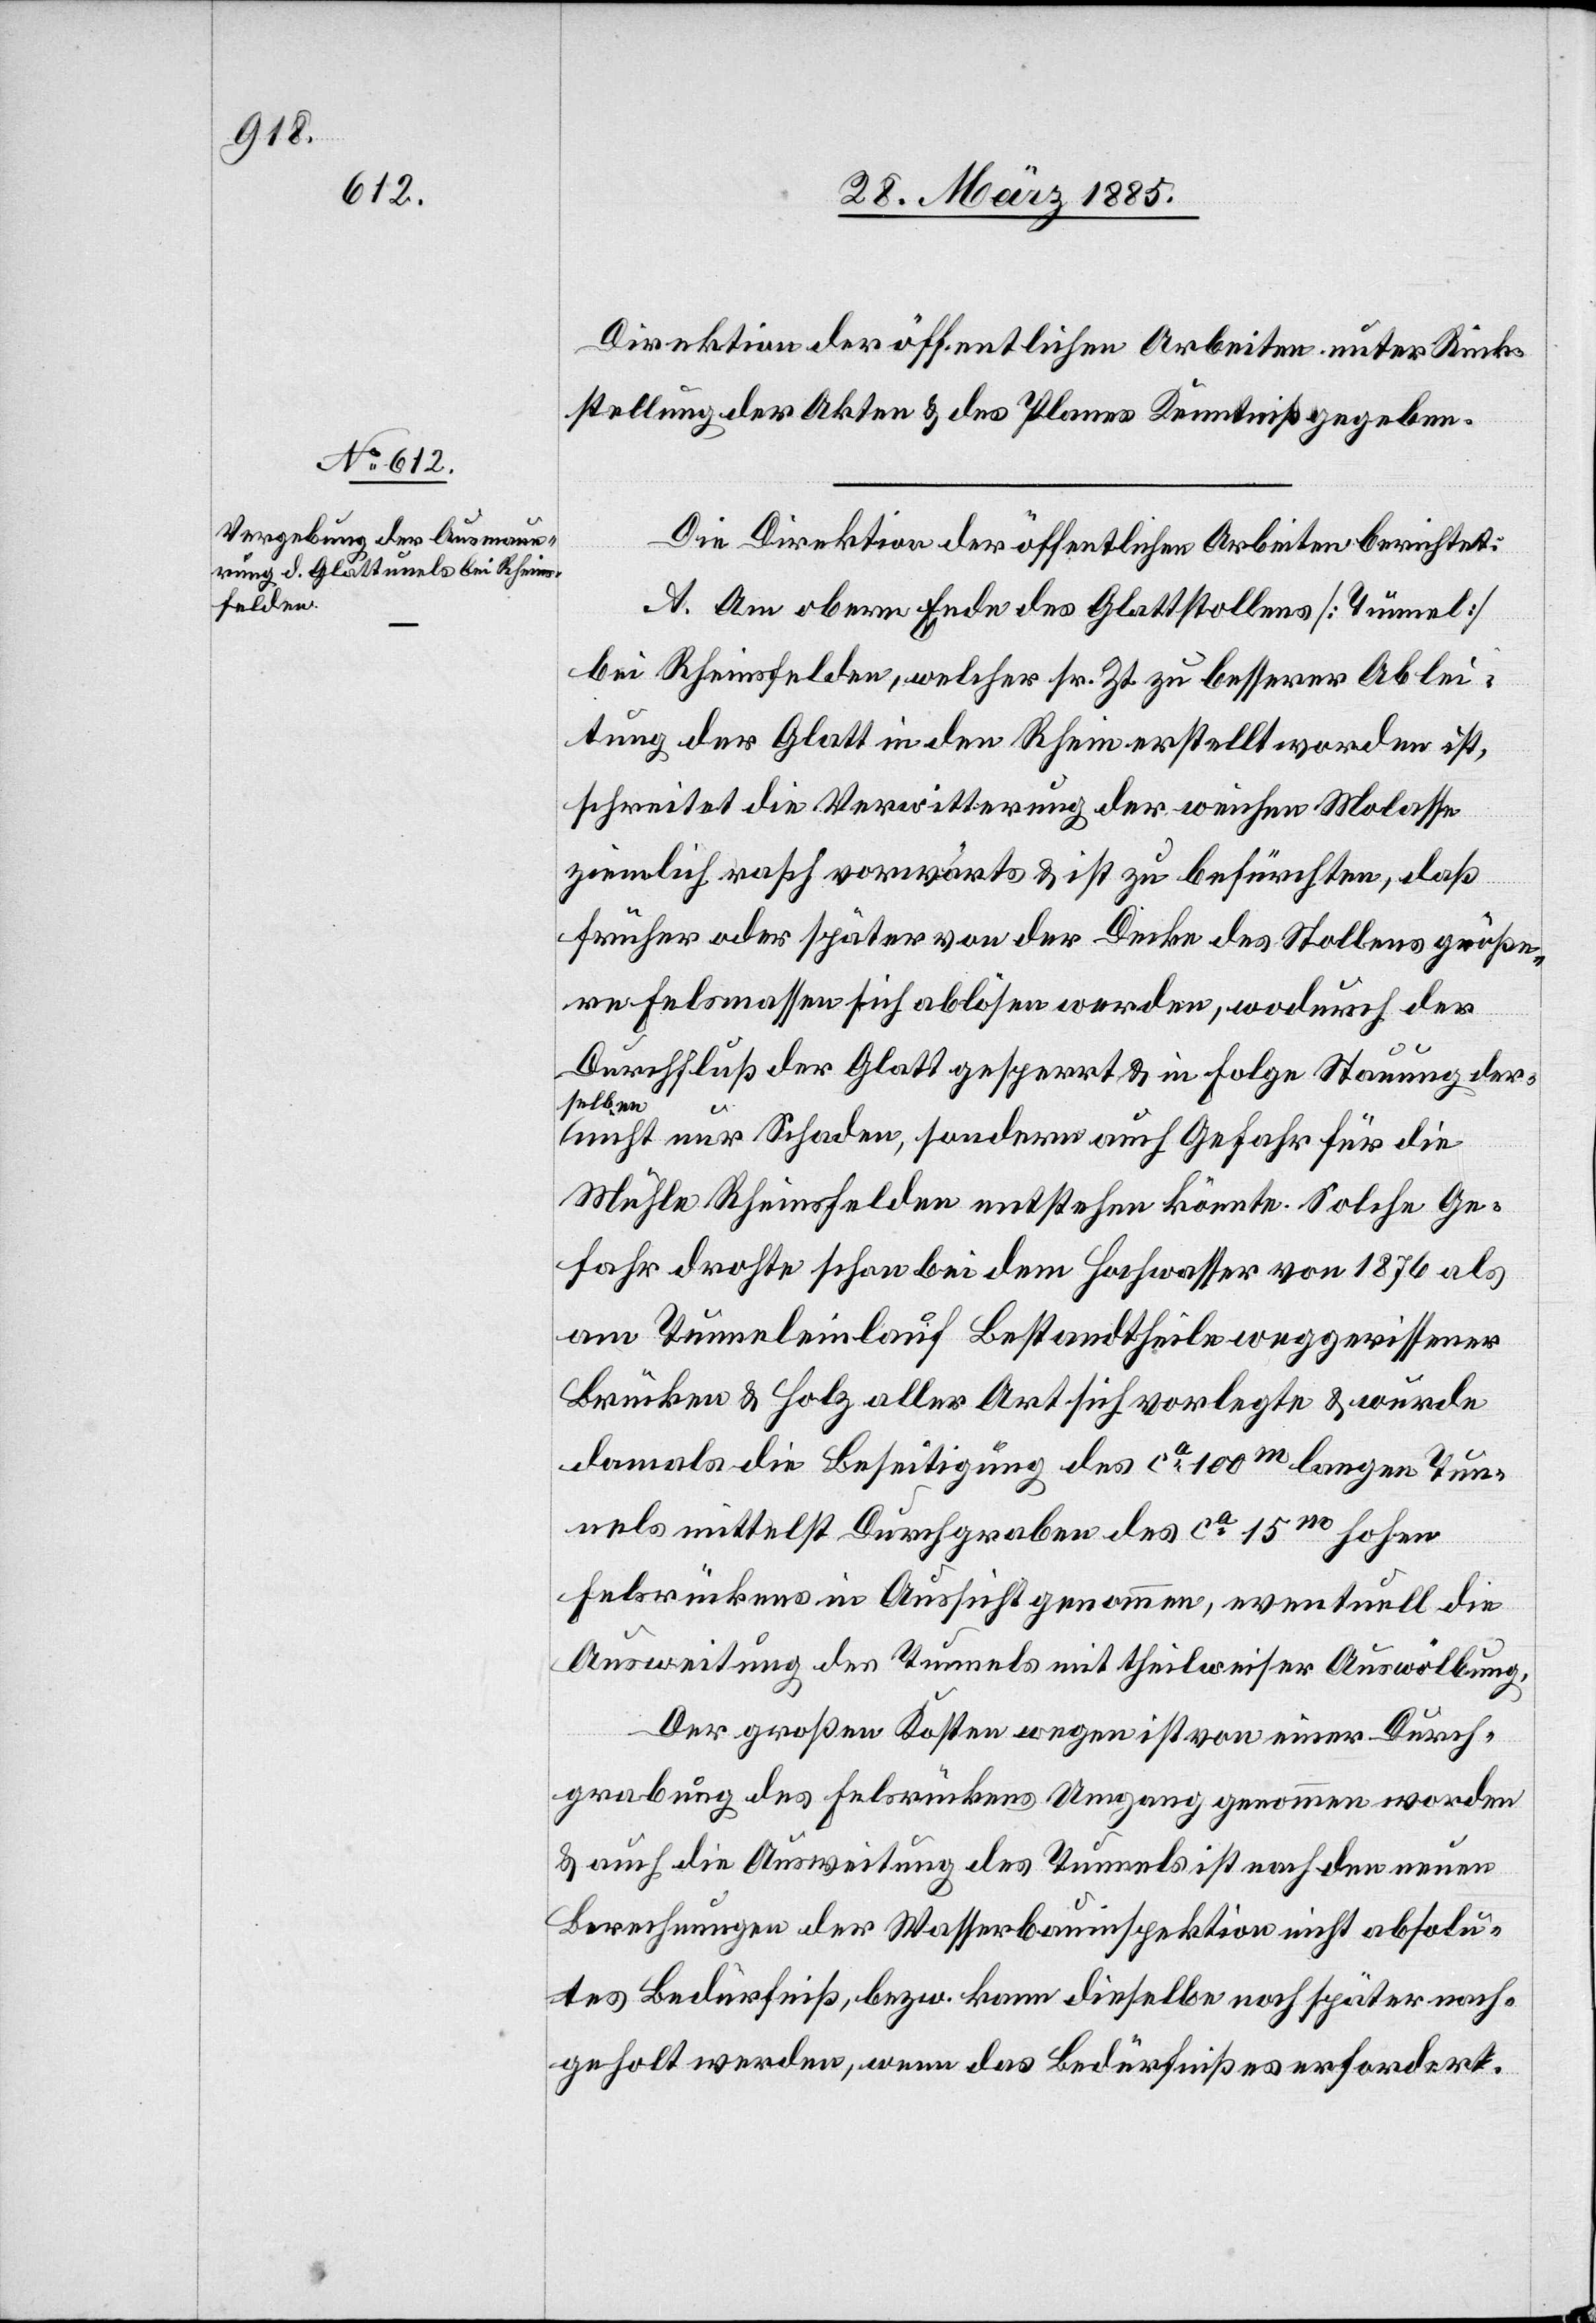
Direktion der [sic!] öffentlichen Arbeiten unter Rück¬
stellung der Akten & des Planes Kenntniß gegeben.
Die Direktion der öffentlichen Arbeiten berichtet:
A. Am obern Ende des Glattstollens [Tunnel]
bei Rheinsfelden, welcher sr. Zt. zu besserer Ablei¬
tung der Glatt in den Rhein erstellt worden ist,
schreitet die Verwitterung der weichen Molasse
ziemlich rasch vorwärts & ist zu befürchten, daß
früher oder später von der Decke des Stollens größe¬
re Felsmassen sich ablösen werden, wodurch der
Durchfluß der Glatt gesperrt & in Folge Stauung der¬
selben
olu¬
nicht nur Schaden, sondern auch Gefahr für die
Mühle Rheinsfelden entstehen könnte. Solche Ge¬
fahr drohte schon bei dem Hochwasser von 1876 als
am Tunneleinlauf Bestandtheile weggerissener
Brücken & Holz aller Art sich vorlegte & wurde
damals die Beseitigung des ca 100m langen Tun¬
nels mittelst Durchgraben des ca 15m hohen
Felsrückens in Aussicht genommen, eventuell die
Ausweitung des Tunnels mit theilweiser Auswölbung.
Der großen Kosten wegen ist von einer Durch¬
grabung des Felsrückens Umgang genommen worden
& auch die Ausweitung des Tunnels ist nach den neuen
Berechnungen der Wasserbauinspektion nicht absolu¬
tes Bedürfniß, bezw. kann dieselbe noch später nach¬
geholt werden, wenn das Bedürfniß es erfordert.